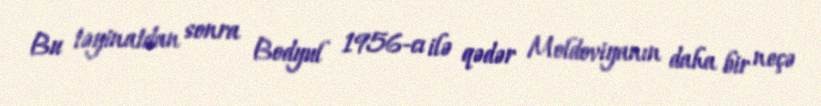
Bu təyinatdan sonra Bodyul 1956-cı ilə qədər Moldoviyanın daha bir neçə